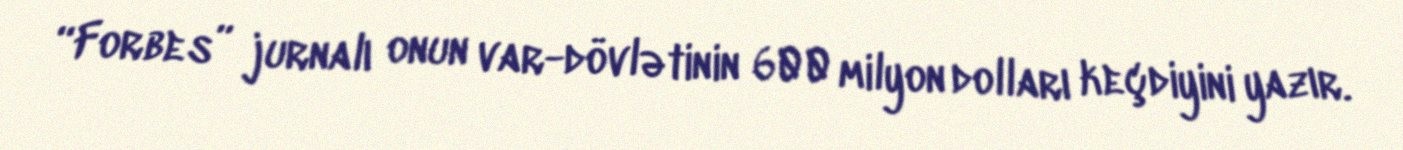
“Forbes” jurnalı onun var-dövlətinin 600 milyon dolları keçdiyini yazır.